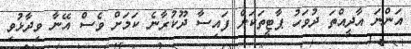
އަންނަ އާދީއްތަ ދުވަހު ޕާޓީތަކަށް ފައިސާ ދޫކުރާނެ ކަަމަށް ވެސް އޭނާ ވިދާޅުވި